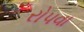
રોપવા